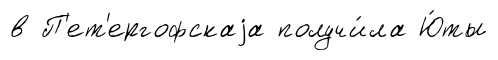
в П'ет'ергофскаjа получи́ла Ю́ты